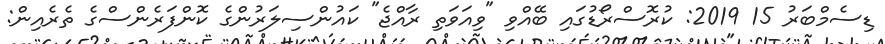
ޑިސެމްބަރު 15 2019: ކުރޮސްރޯޑުގައި ބޭއްވި "ވިއަވަތި ރާއްޖެ" ކައުންސިލަރުންގެ ކޮންފަރެންސްގެ ތެރެއިން: